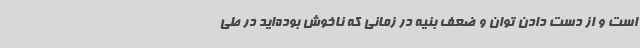
است و از دست دادن توان و ضعف بنیه در زمانی که ناخوش بوده‌اید در طی